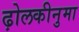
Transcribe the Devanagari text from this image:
ढ़ोलकीनुमा